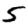
Digit: 5